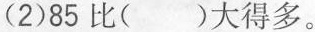
(2)85比( )大得多。